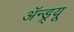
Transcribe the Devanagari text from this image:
अॅन्ड्र्यू